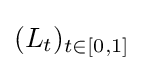
(L_{t})_{t\in [0,1]}